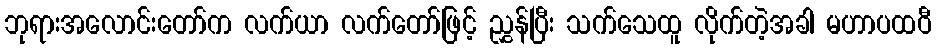
ဘုရားအလောင်းတော်က လက်ယာ လက်တော်ဖြင့် ညွှန်ပြီး သက်သေထူ လိုက်တဲ့အခါ မဟာပထဝီ